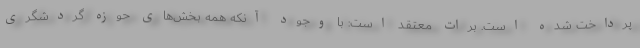
پرداخت شده است. برات معتقد است: با وجود آنکه همه بخش‌های حوزه گردشگری